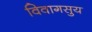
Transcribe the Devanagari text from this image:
विवागसुय